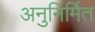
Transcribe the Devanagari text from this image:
अनुनिर्मित